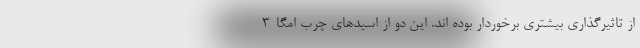
از تاثیرگذاری بیشتری برخوردار بوده اند. این دو از اسیدهای چرب امگا-3